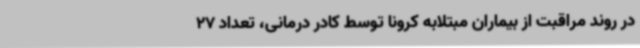
در روند مراقبت از بیماران مبتلابه کرونا توسط کادر درمانی، تعداد 27